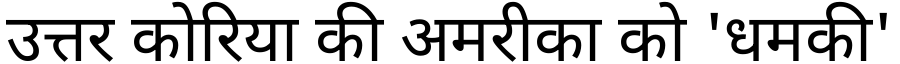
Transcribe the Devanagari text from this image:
उत्तर कोरिया की अमरीका को 'धमकी'